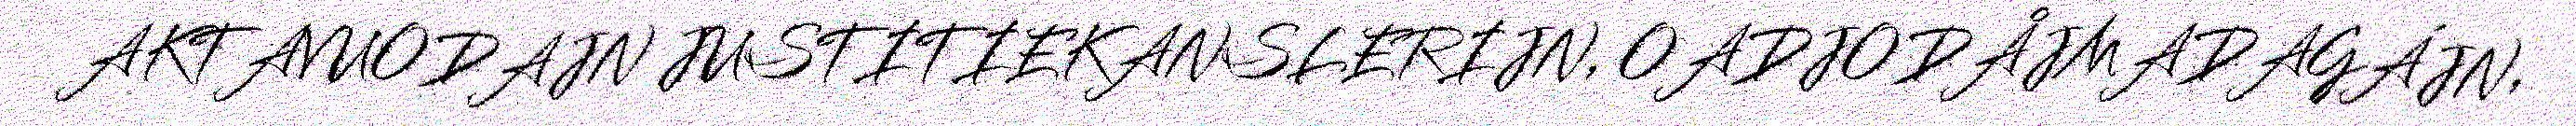
AKTAVUODAJN JUSTITIEKANSLERIJN, OADJODÅJMADAGÁJN,